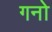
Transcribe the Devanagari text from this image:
गनो